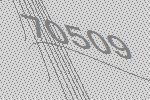
70509